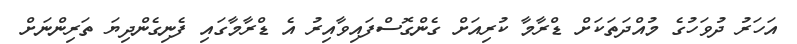
އަހަރު ދުވަހުގެ މުއްދަތަކަށް ޑްރާމާ ކުރިއަށް ގެންގޮސްފައިވާއިރު އެ ޑްރާމާގައި ފެނިގެންދިޔަ ތަރިންނަށް